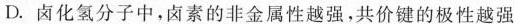
D. 卤化氢分子中，卤素的非金属性越强，共价键的极性越强